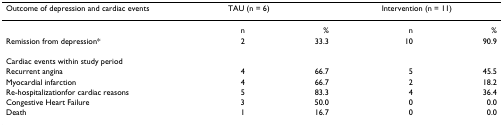
| Outcome of depression and cardiac events | <COLSPAN=2> TAU (n = 6) | <COLSPAN=2> Intervention (n = 11) |
 | --- | --- | --- | --- | --- |
 |  | n | % | n | % |
 | Remission from depression* | 2 | 33.3 | 10 | 90.9 |
 | Cardiac events within study period |  |  |  |  |
 | Recurrent angina | 4 | 66.7 | 5 | 45.5 |
 | Myocardial infarction | 4 | 66.7 | 2 | 18.2 |
 | Re-hospitalizationfor cardiac reasons | 5 | 83.3 | 4 | 36.4 |
 | Congestive Heart Failure | 3 | 50.0 | 0 | 0.0 |
 | Death | 1 | 16.7 | 0 | 0.0 |